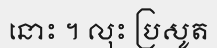
នោះ ។ លុះ ប្រសូត